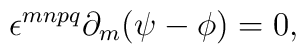
\epsilon^{mnpq}\partial_{m}(\psi - \phi) = 0,